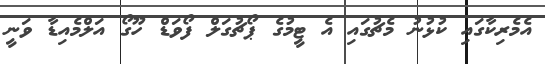
އެމެރިކާގައި ކުޅުނު މެޗުގައި އެ ޓީމުގެ ޕޯޗުގަލް ފޯވަޑް ހޫގޯ އަލްމެއިޑާ ވަނީ